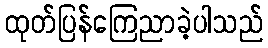
ထုတ်ပြန်ကြေညာခဲ့ပါသည်